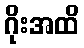
ဂိုးအထိ